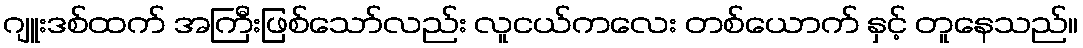
ဂျူးဒစ်ထက် အကြီးဖြစ်သော်လည်း လူငယ်ကလေး တစ်ယောက် နှင့် တူနေသည်။